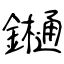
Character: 𨯁